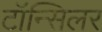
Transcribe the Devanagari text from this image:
टॉन्सिलर